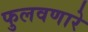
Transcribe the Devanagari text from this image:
फुलवणारे